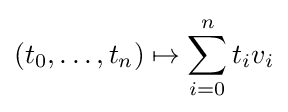
(t_{0},\ldots ,t_{n})\mapsto \sum _{i=0}^{n}t_{i}v_{i}